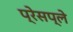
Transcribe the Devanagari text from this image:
प्रेसप्ले